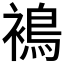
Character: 𧜣